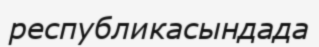
республикасындада